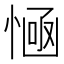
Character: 𢞊